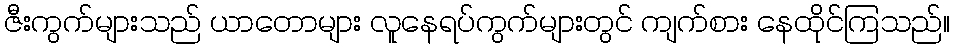
ဇီးကွက်များသည် ယာတောများ လူနေရပ်ကွက်များတွင် ကျက်စား နေထိုင်ကြသည်။